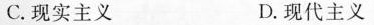
C. 现实主义 D. 现代主义